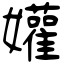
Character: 孉